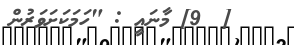
[  9] މާނައީ : "ހަމަކަށަވަރުން